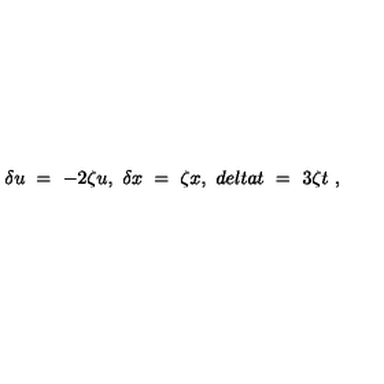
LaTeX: \delta u \ = \ - 2 \zeta u , \ \delta x \ = \ \zeta x , \ d e l t a t \ = \ 3 \zeta t \ ,